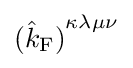
{({\hat {k}}_{\mathrm {F} })}^{\kappa \lambda \mu \nu }